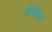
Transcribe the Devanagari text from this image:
तोमेका